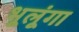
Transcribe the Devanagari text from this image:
भूलूंगा